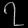
Digit: ၇